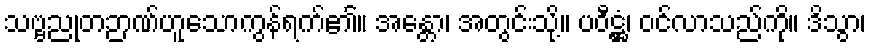
သဗ္ဗညုတဉာဏ်ဟူသောကွန်ရက်၏။ အန္တော၊ အတွင်းသို့။ ပဝီဋ္ဌံ၊ ဝင်လာသည်ကို။ ဒိသွာ၊